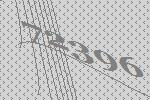
72396